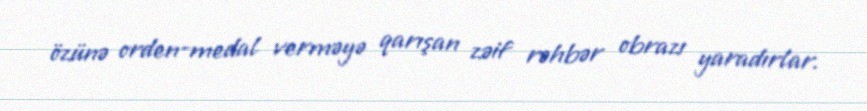
özünə orden-medal verməyə qarışan zəif rəhbər obrazı yaradırlar.